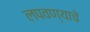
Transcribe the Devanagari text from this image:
लपवण्याचे